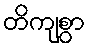
တိကျစွာ